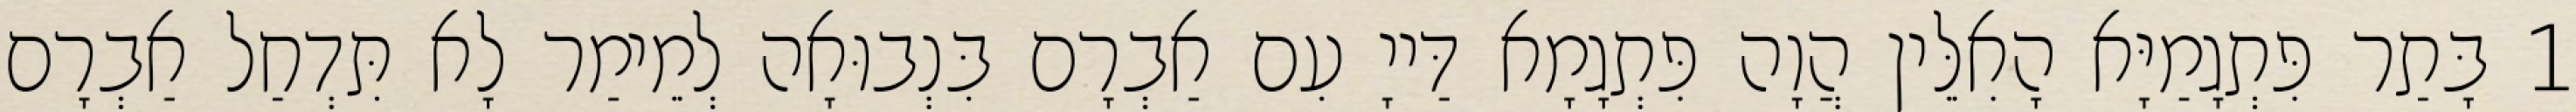
1 בָּתַר פִּתְגָמַיָּא הָאִלֵּין הֲוָה פִּתְגָמָא דַּייָ עִם אַבְרָם בִּנְבוּאָה לְמֵימַר לָא תִּדְחַל אַבְרָם